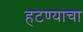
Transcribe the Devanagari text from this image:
हटण्याचा